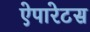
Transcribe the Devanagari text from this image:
ऐपारेटस